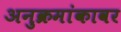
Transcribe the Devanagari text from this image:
अनुक्रमांकावर